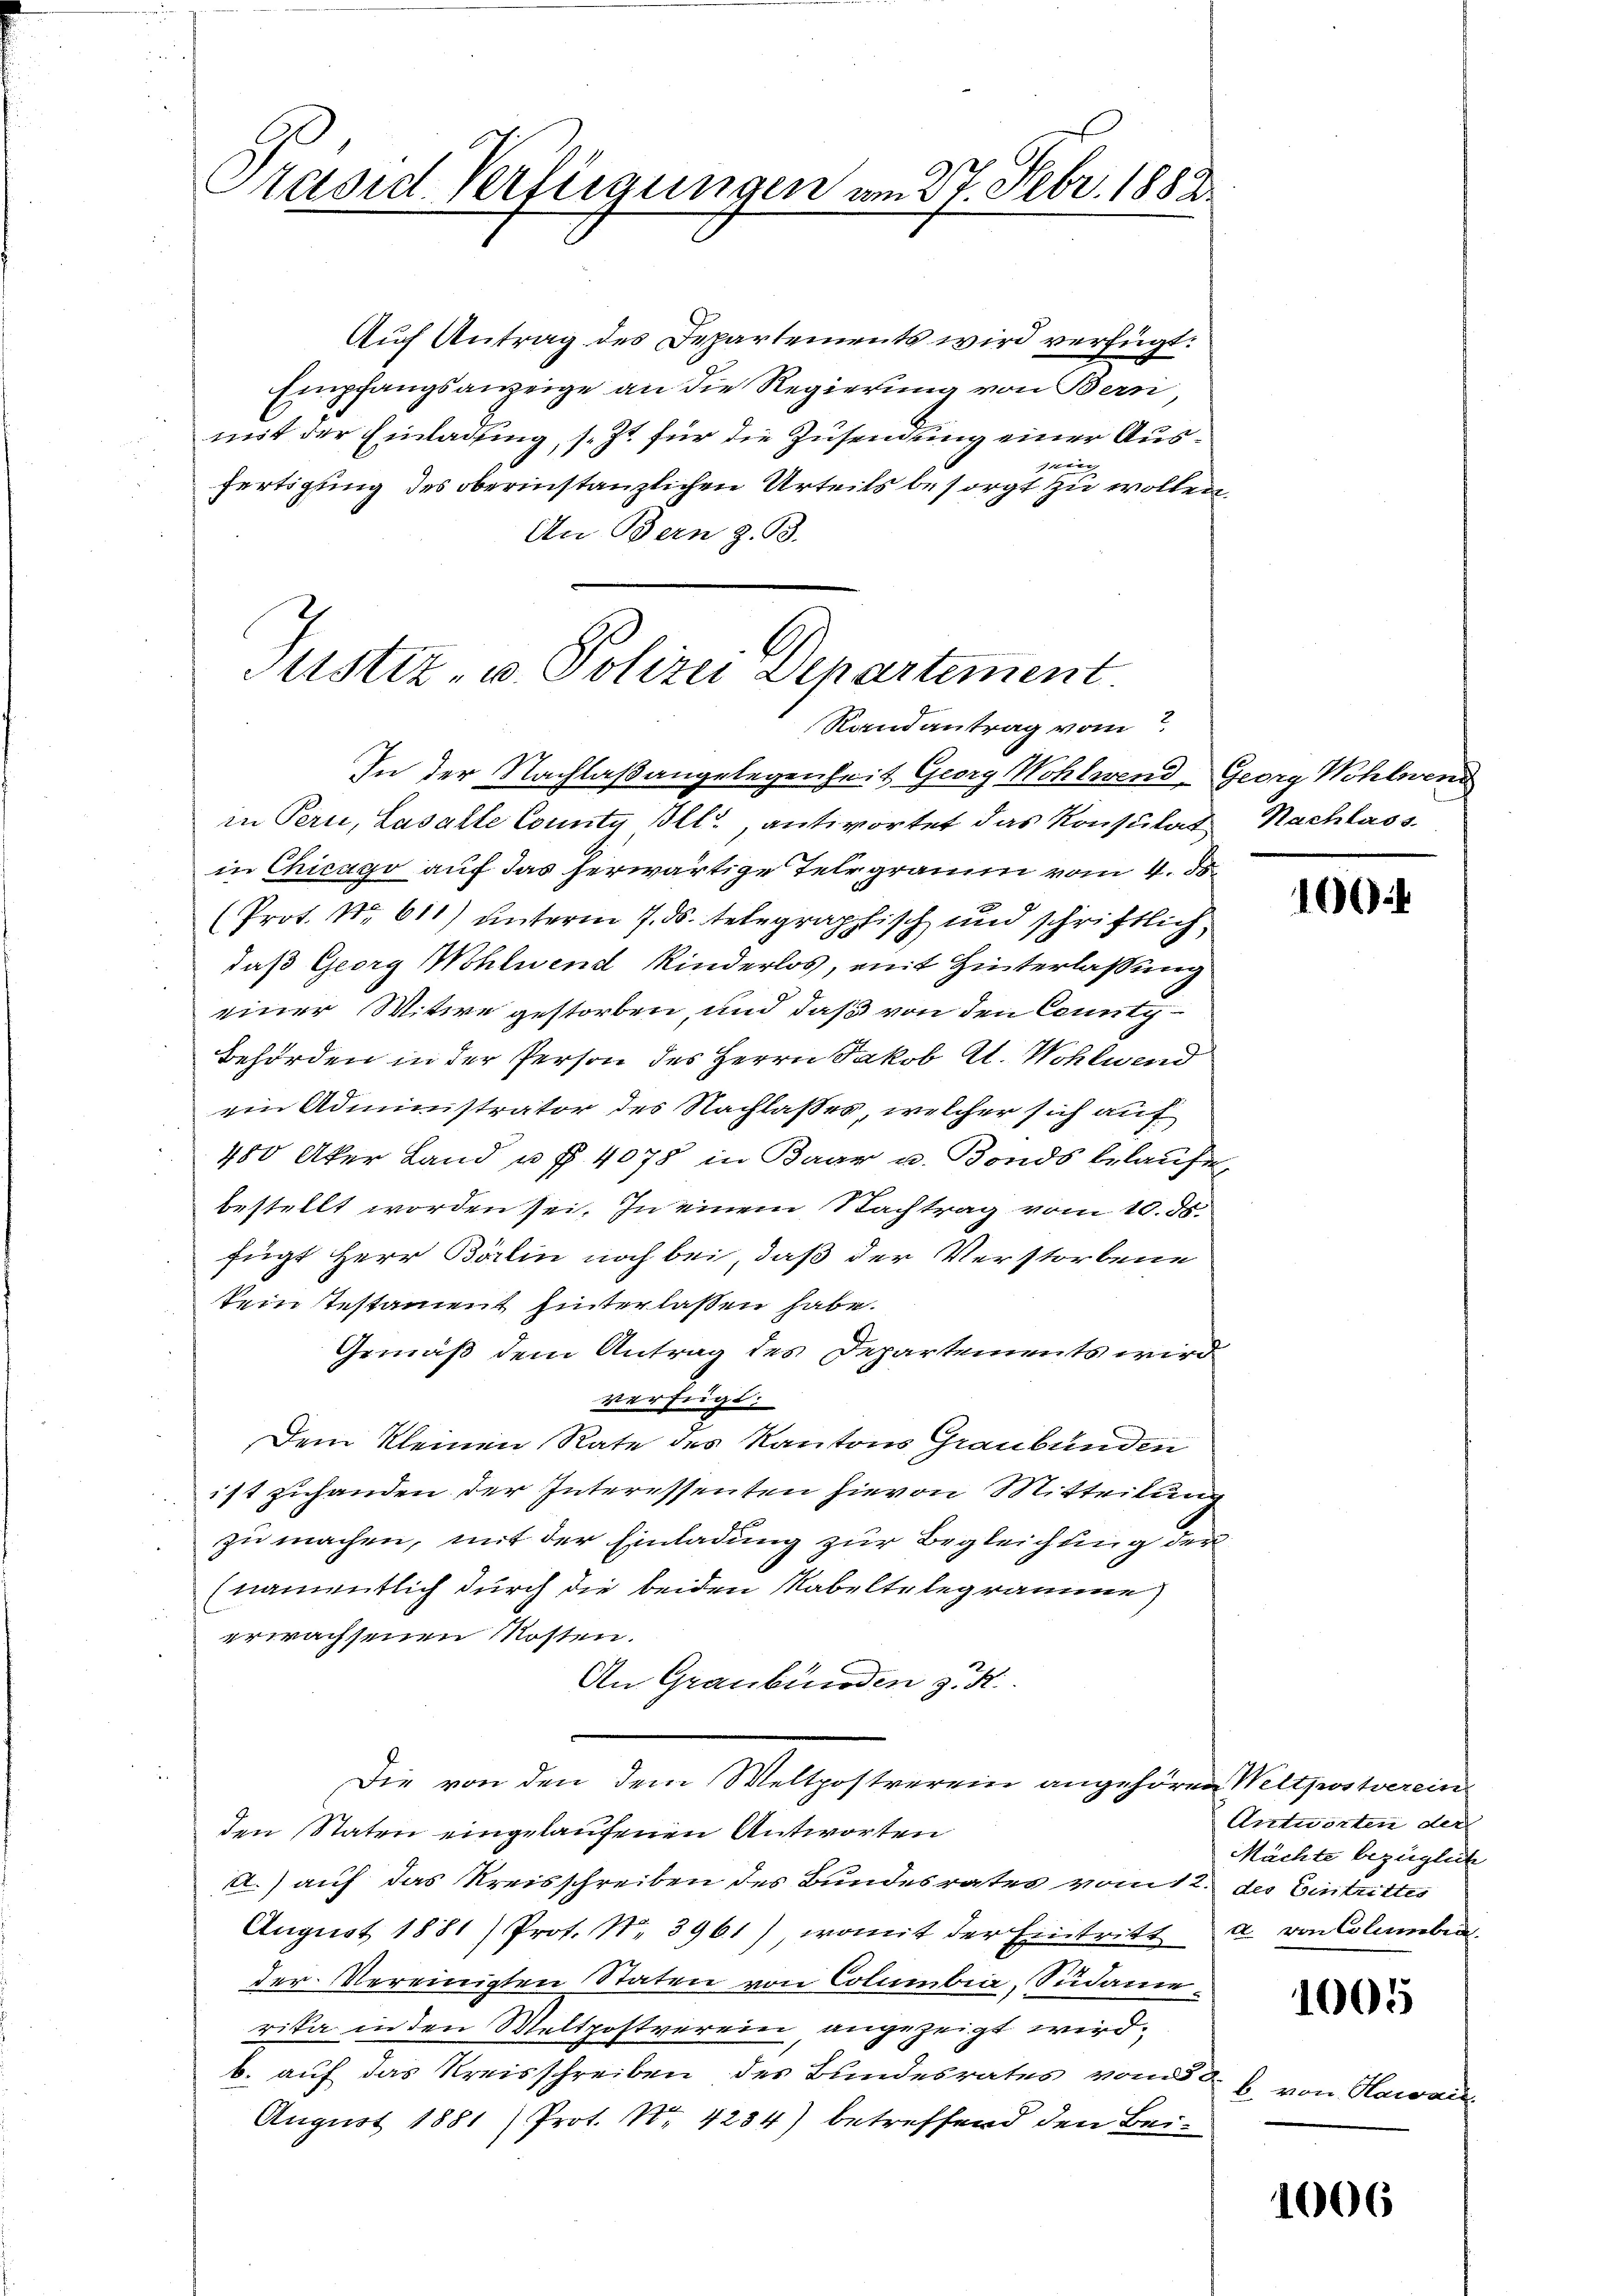
Präsid. Verfügungen am 27. Febr. 1882

Auch Antrag des Departements wird verfügt:
Empfangsanzeige an die Regierung von Bern
mit der Einladung, s. Zt. für die Zusendung einer Ausgerin
fertigung des oberinstanzlichen Urteils besorgt zu wollen
An Bern z. B.

Justiz- u. Polizei Denartement
Randantrag vom 7.

In der Nachlaßangelegenheit Georg Wohlwend, Georg Wohlwend
in Pern, Lasalle County Ill., antwortet das Konsulat Nachlass
in Chicago auf das herwärtige Telegraum vom 4. ds.
(Prot. No. 611) unterm 7. ds. telegraphisch und schriftlich
daß Georg Wohlwend Kinderlos, mit Hinterlassung
einer Witwe gestorben, und daß von den County¬
Behörden in der Person des Herrn Jakob A. Wohlwend
vin Administrator des Nachlaßes, welcher sich auf
480 Aker Land u. f. 4078 in Baar u. Konds belaufe
bestellt worden sei. In einem Nachtrag vom 10. ds.
fügt Herr Bärlin noch bei, daß der Verstorbene
kein Testament hinterlassen habe.
Gemäß dem Antrag des Departements wird
verfügt:
Dem kleinen Rate des Kantons Graubünden
ist zuhanden der Interessenten hievon Mitteilung
zu machen, mit der Einladung zur Begleichung der
(namentlich durch die beiden Nabeltelegramme
erwachsenen Kosten.
An Graubünden zu K
Die von den dem Weltpostverein angehören Weltpostverein
den Staten eingelaufenen Antworten
A.) auf das Kreisschreiben des Bundesrates vom 12. des Eintrittes
August 1881) Prof. Nr. 3961), womit der Eintritt a von Collieben
der Vereinigten Staten von Columbia, Südame
rika in den Meltpostverein, angezeigt wird.
b. auf das Kreisschreiben des Bundesrates vom
August 1881) Prot. Nr. 4284) betreffend den Bei¬

106

Antworten der
Mächte bezüglich

1005

b. von Hawais

1006